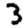
Digit: 3